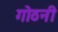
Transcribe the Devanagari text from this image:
गोठनी